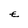
Character: E